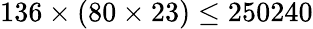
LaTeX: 136\times(80\times 23)\leq 250240